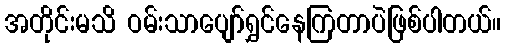
အတိုင်းမသိ ဝမ်းသာပျော်ရွှင်နေကြတာပဲဖြစ်ပါတယ်။